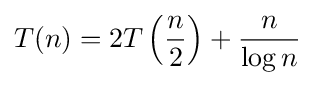
T(n)=2T\left({\frac {n}{2}}\right)+{\frac {n}{\log n}}